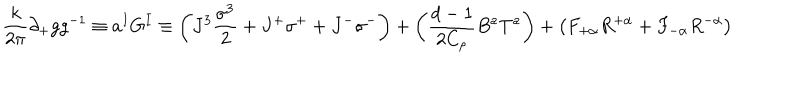
\frac { k } { 2 \pi } \partial _ { + } g g ^ { - 1 } \equiv a ^ { I } G ^ { I } \equiv \left( J ^ { 3 } \frac { \sigma ^ { 3 } } { 2 } + J ^ { + } \sigma ^ { + } + J ^ { - } \sigma ^ { - } \right) + \left( \frac { d - 1 } { 2 C _ { \rho } } B ^ { a } T ^ { a } \right) + \left( F _ { + \alpha } R ^ { + \alpha } + F _ { - \alpha } R ^ { - \alpha } \right)